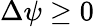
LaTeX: \Delta\psi\ge 0